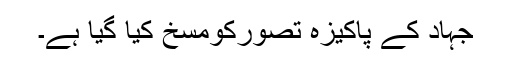
جہاد کے پاکیزہ تصورکومسخ کیا گیا ہے۔